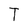
Character: T